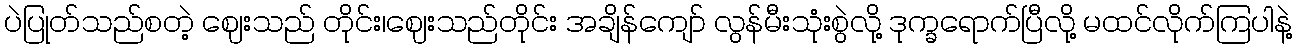
ပဲပြုတ်သည်စတဲ့ ဈေးသည် တိုင်း၊ဈေးသည်တိုင်း အချိန်ကျော် လွန်မီးသုံးစွဲလို့ ဒုက္ခရောက်ပြီလို့ မထင်လိုက်ကြပါနဲ့